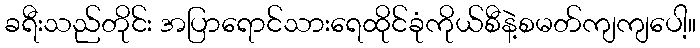
ခရီးသည်တိုင်း အပြာရောင်သားရေထိုင်ခုံကိုယ်စီနဲ့စမတ်ကျကျပေါ့။